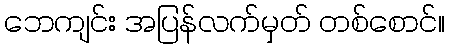
ဘေကျင်း အပြန်လက်မှတ် တစ်စောင်။